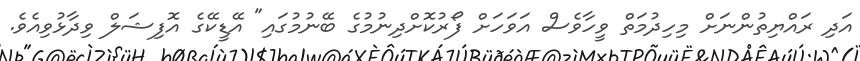
އަދި ރައްޔިތުންނަށް މިހިދުމަތް ވީހާވެސް އަވަހަށް ފޯރުކޮށްދިނުމުގެ ބޭނުމުގައި" އޭޑީކޭގެ އޮފިޝަލް ވިދާޅުވިއެވެ.